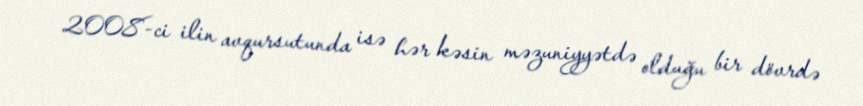
2008-ci ilin avqursutunda isə hər kəsin məzuniyyətdə olduğu bir dövrdə